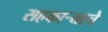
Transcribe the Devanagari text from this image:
सहकाऱ्याचे